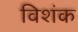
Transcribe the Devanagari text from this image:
विशंक